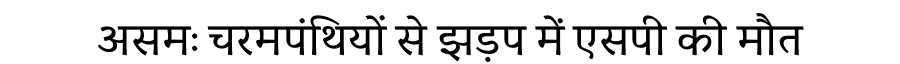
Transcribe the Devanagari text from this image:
असमः चरमपंथियों से झड़प में एसपी की मौत